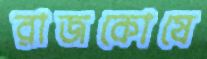
রাজকোষে